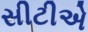
સીટીએ